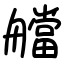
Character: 艡